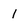
Character: 1